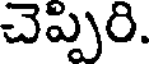
చెప్పిరి.